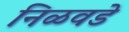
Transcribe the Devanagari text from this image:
निळवडे